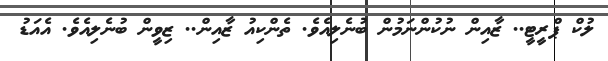
ލުކް ޕްރީޓީ.. ޒާއިން ނުކުންނަމުން ބުނެލިއެވެ. ތެންކިއު ޒާއިން.. ޒިވީން ބުނެލިއެވެ. އެއަޑު